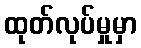
ထုတ်လုပ်မှုမှာ